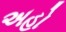
અહો